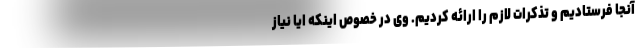
آنجا فرستادیم و تذکرات لازم را ارائه کردیم. وی در خصوص اینکه ایا نیاز